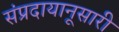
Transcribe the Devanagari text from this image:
संप्रदायानूसारी